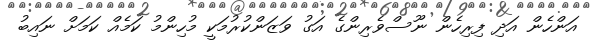
އަންހެން އަދި ފިރިހެން ނޫސްވެރިންގެ އަގު ވަޒަންކުރުމަކީ މުހިންމު ކަމެއް ކަމަށް ނައިބު